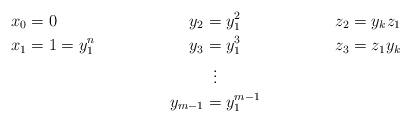
LaTeX: \begin{align*}x_{0} & = 0 & y_2 &= y_1^2 & z_2 &= y_kz_1 \\x_{1} & = 1 = y_1^n & y_3 &= y_1^3 & z_3 &= z_1 y_k \\ &&& \;\;\vdots\\&&y_{m-1} & = y_1^{m-1}\end{align*}